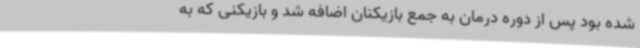
شده بود پس از دوره درمان به جمع بازیکنان اضافه شد و بازیکنی که به